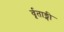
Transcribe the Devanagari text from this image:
र्वृताङ्गी